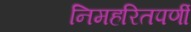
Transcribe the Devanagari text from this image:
निमहरितपर्णी